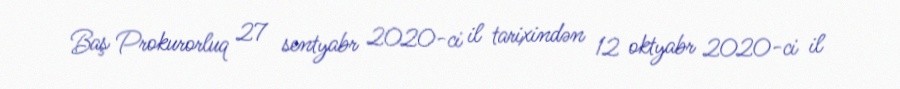
Baş Prokurorluq 27 sentyabr 2020-ci il tarixindən 12 oktyabr 2020-ci il